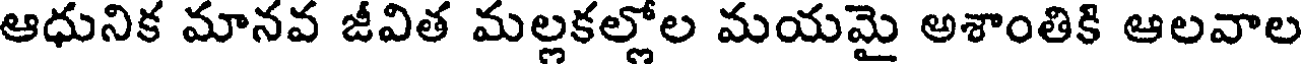
ఆధునిక మానవ జీవిత మల్లకల్లోల మయమై అశాంతికి ఆలవాల